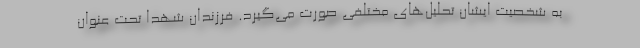
به شخصیت ایشان تحلیل‌های مختلفی صورت می‌گیرد. فرزندان شهدا تحت عنوان